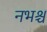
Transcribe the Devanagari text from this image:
नभश्च